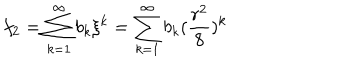
f _ { 2 } = \sum _ { k = 1 } ^ { \infty } b _ { k } \xi ^ { k } = \sum _ { k = 1 } ^ { \infty } b _ { k } ( \frac { r ^ { 2 } } { 8 } ) ^ { k }